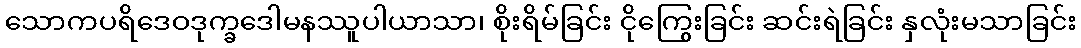
သောကပရိဒေဝဒုက္ခဒေါမနဿူပါယာသာ၊ စိုးရိမ်ခြင်း ငိုကြွေးခြင်း ဆင်းရဲခြင်း နှလုံးမသာခြင်း